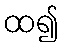
ထ၍